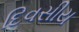
દિવસીય